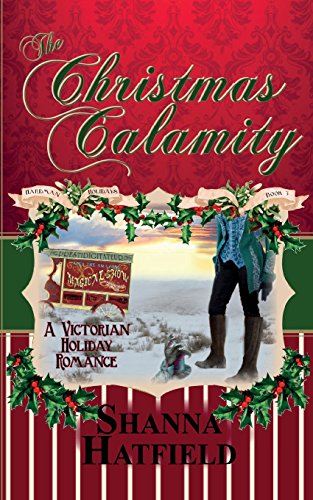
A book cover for The Christmas Calamity: A Sweet Victorian Holiday Romance (Hardman Holidays ) (Volume 3); Shanna Hatfield; Romance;